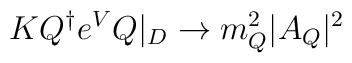
K Q^\dagger e^V Q|_D \rightarrow m_Q^2 |A_Q|^2